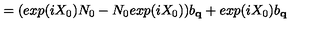
= ( e x p ( i \mathrm { } X _ { 0 } ) N _ { 0 } - N _ { 0 } e x p ( i \mathrm { } X _ { 0 } ) ) b _ { { \bf { q } } } + e x p ( i \mathrm { } X _ { 0 } ) b _ { { \bf { q } } }